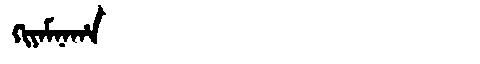
Manchu: ᡴᡳᠶᠠᠮᠨᠠᡥᠠ
Romanization: KIYAMNAHA